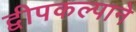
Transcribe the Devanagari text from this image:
द्वीपकल्पाने